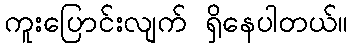
ကူးပြောင်းလျက် ရှိနေပါတယ်။